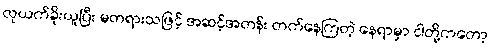
လုယက်ခိုးယူပြီး မတရားသဖြင့် အဆင့်အတန်း တက်နေကြတဲ့ နေရာမှာ ငါတို့ကတော့